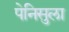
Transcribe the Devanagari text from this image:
पेनिसुला